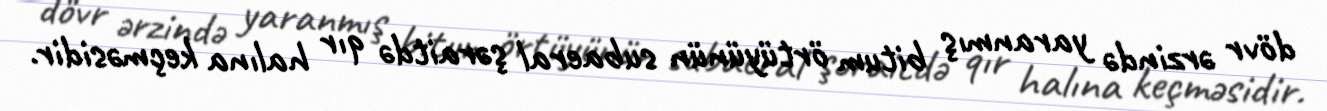
dövr ərzində yaranmış bitum örtüyünün subaeral şəraitdə qır halına keçməsidir.